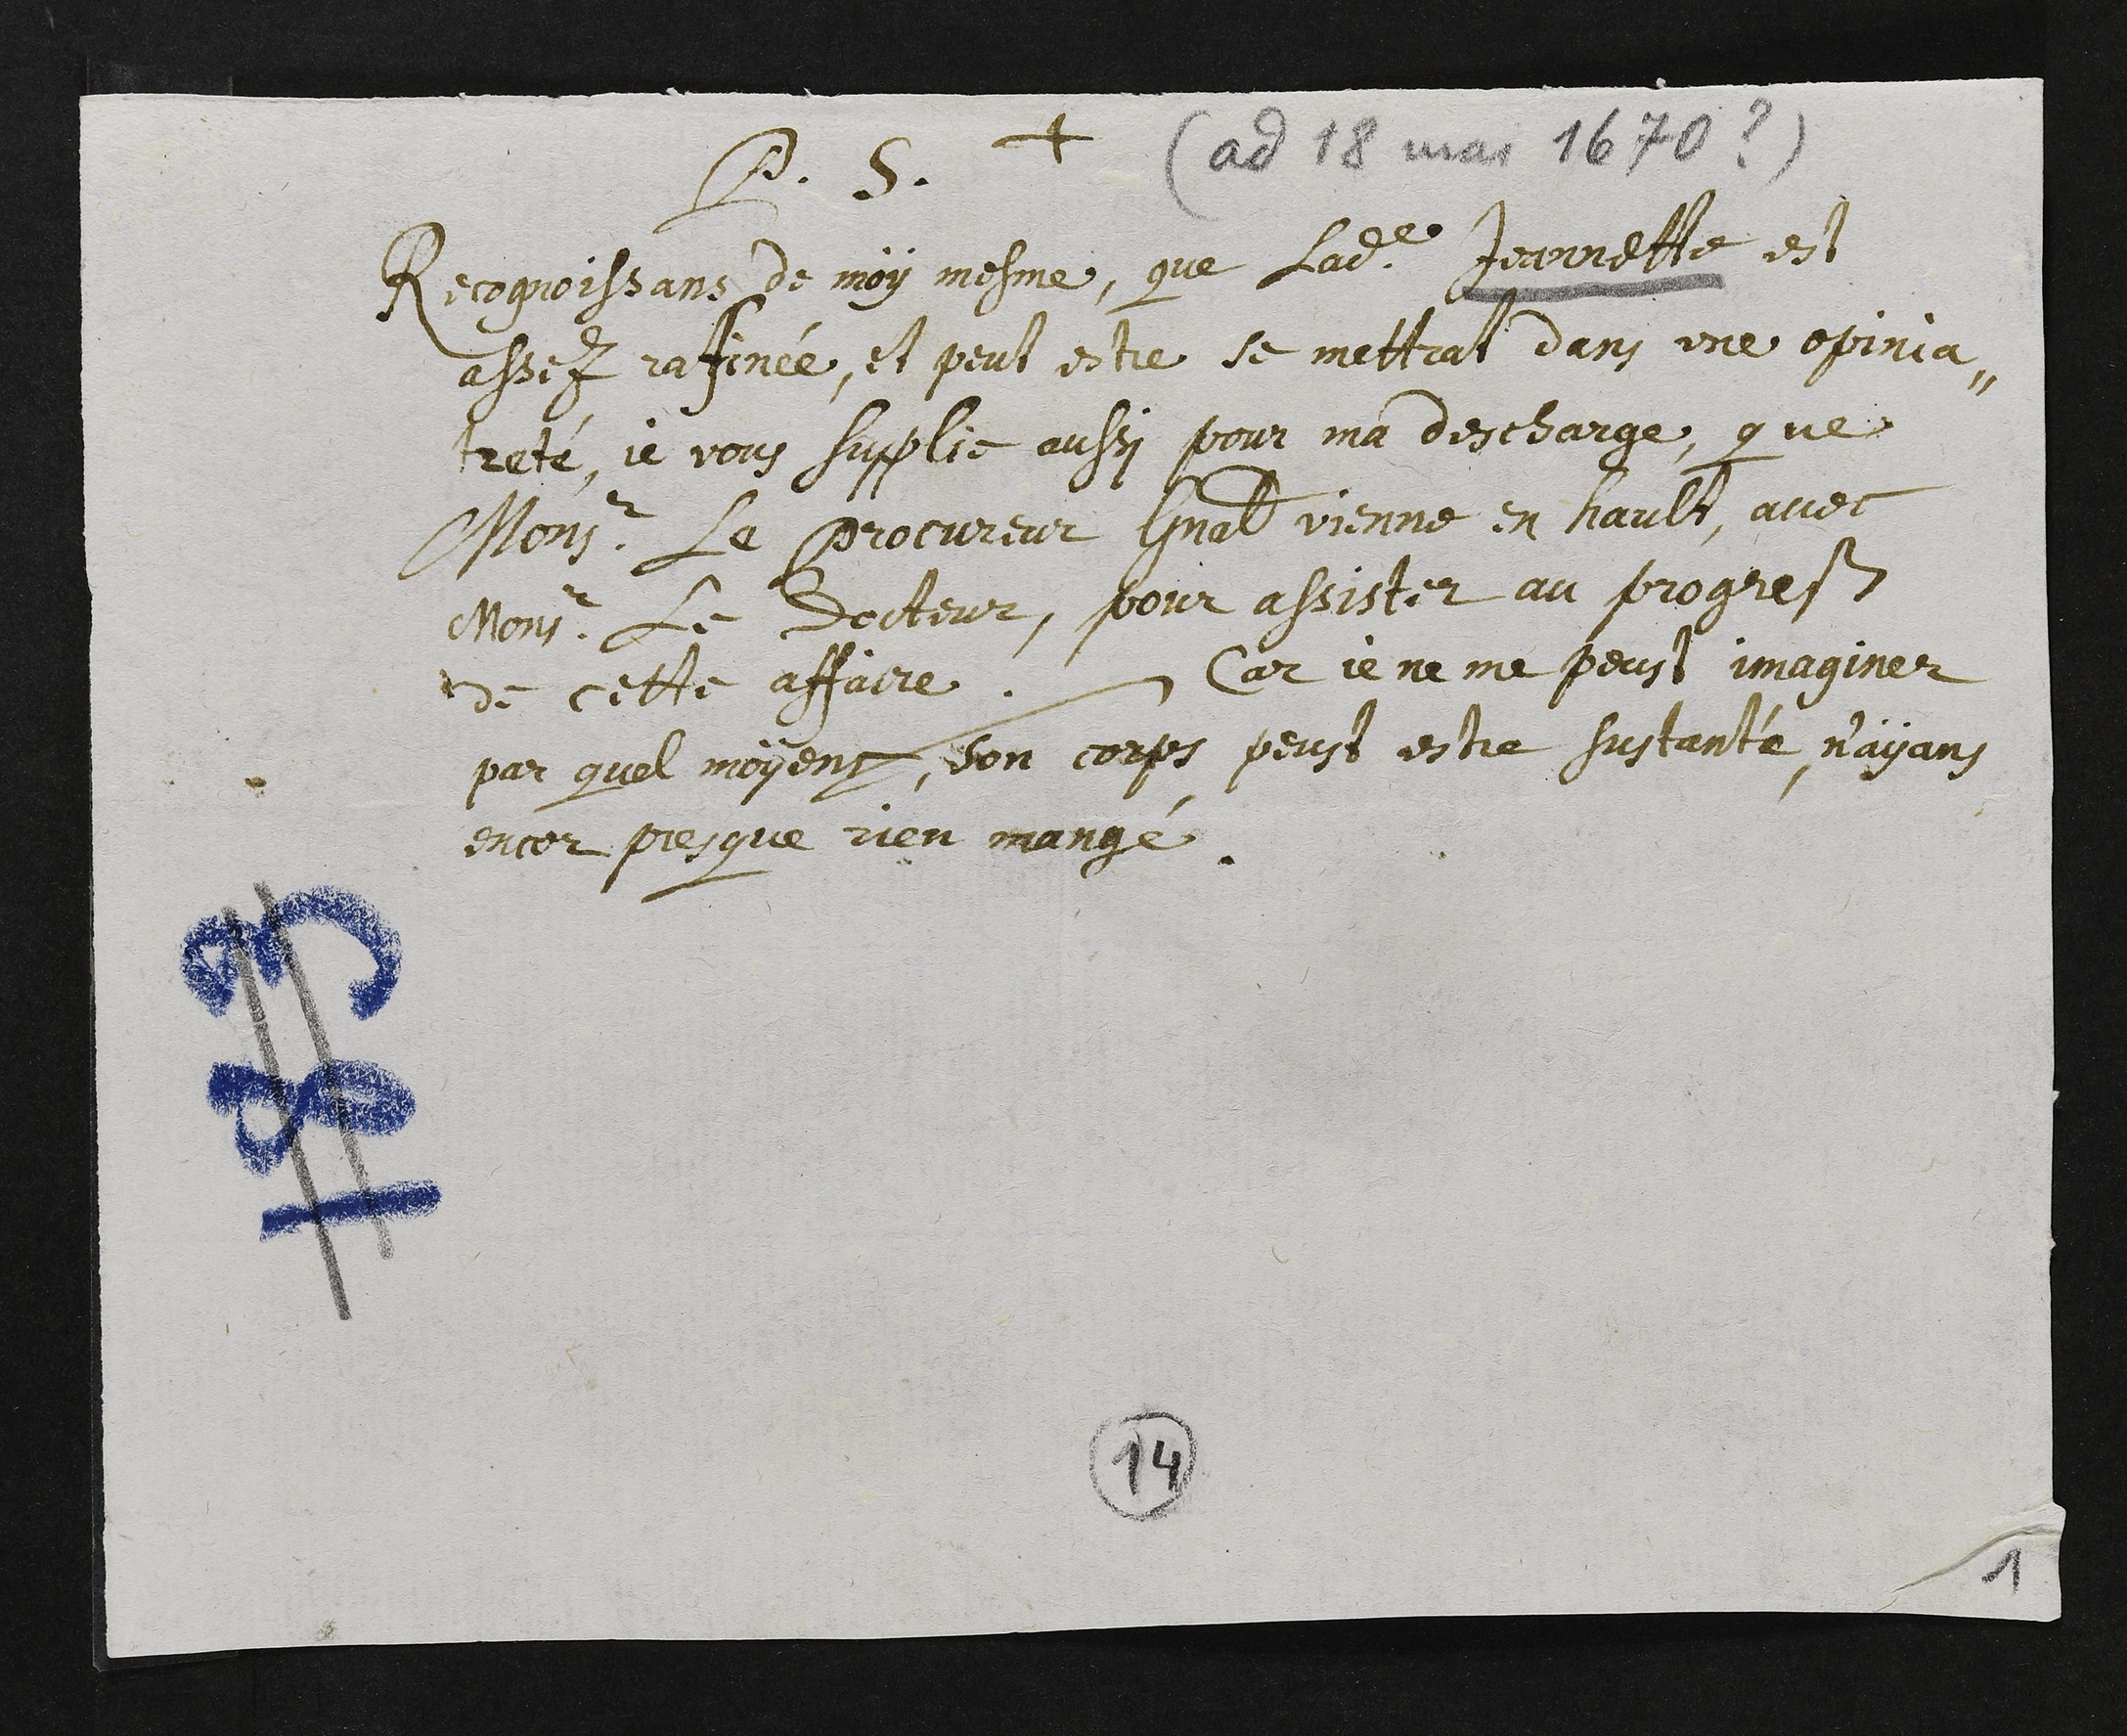
+
P. S.
Recognoissans de moy mesme, que ladite Jeannette est
assez rafinée, et peut estre se mettrat dans une opinia-
treté, je vous supplie aussi pour ma descharge, que
monsieur le procureur général vienne en hault, avec
monsieur le docteur, pour assister au progres
de cette affaire. Car je ne me peust imaginer
par quel moyens, son corps peust estre sustanté, n’ayans
encor presque rien mangé.